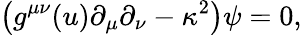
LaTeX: \left(g^{\mu\nu}(u)\partial_{\mu}\partial_{\nu}-\kappa^{2}\right)\psi=0,